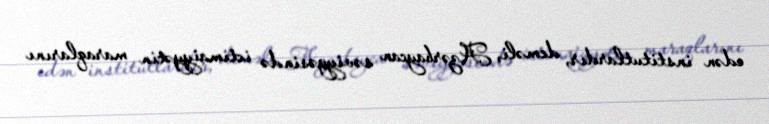
edən institutlardır, deməli, Azərbaycan səviyyəsində ictimaiyyətin maraqlarını